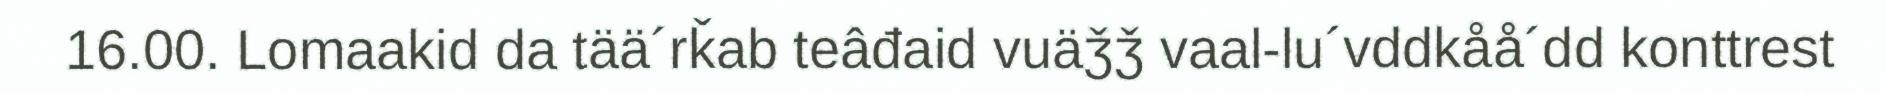
16.00. Lomaakid da tää´rǩab teâđaid vuäǯǯ vaal-lu´vddkåå´dd konttrest